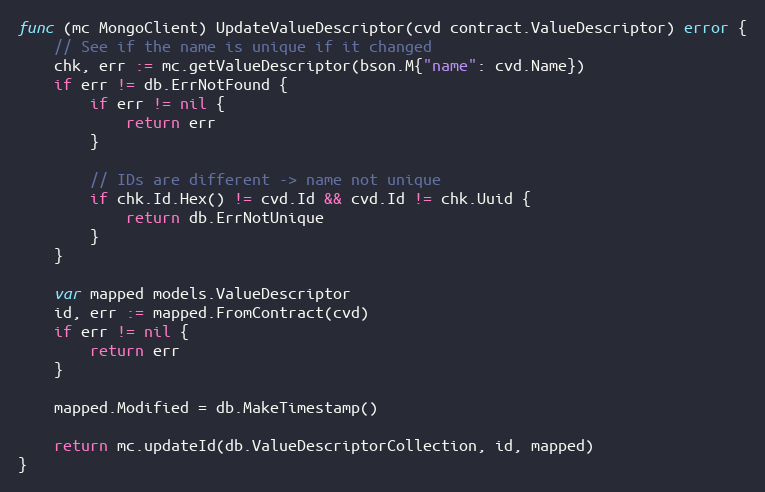
Language: Go
func (mc MongoClient) UpdateValueDescriptor(cvd contract.ValueDescriptor) error {
	// See if the name is unique if it changed
	chk, err := mc.getValueDescriptor(bson.M{"name": cvd.Name})
	if err != db.ErrNotFound {
		if err != nil {
			return err
		}

		// IDs are different -> name not unique
		if chk.Id.Hex() != cvd.Id && cvd.Id != chk.Uuid {
			return db.ErrNotUnique
		}
	}

	var mapped models.ValueDescriptor
	id, err := mapped.FromContract(cvd)
	if err != nil {
		return err
	}

	mapped.Modified = db.MakeTimestamp()

	return mc.updateId(db.ValueDescriptorCollection, id, mapped)
}